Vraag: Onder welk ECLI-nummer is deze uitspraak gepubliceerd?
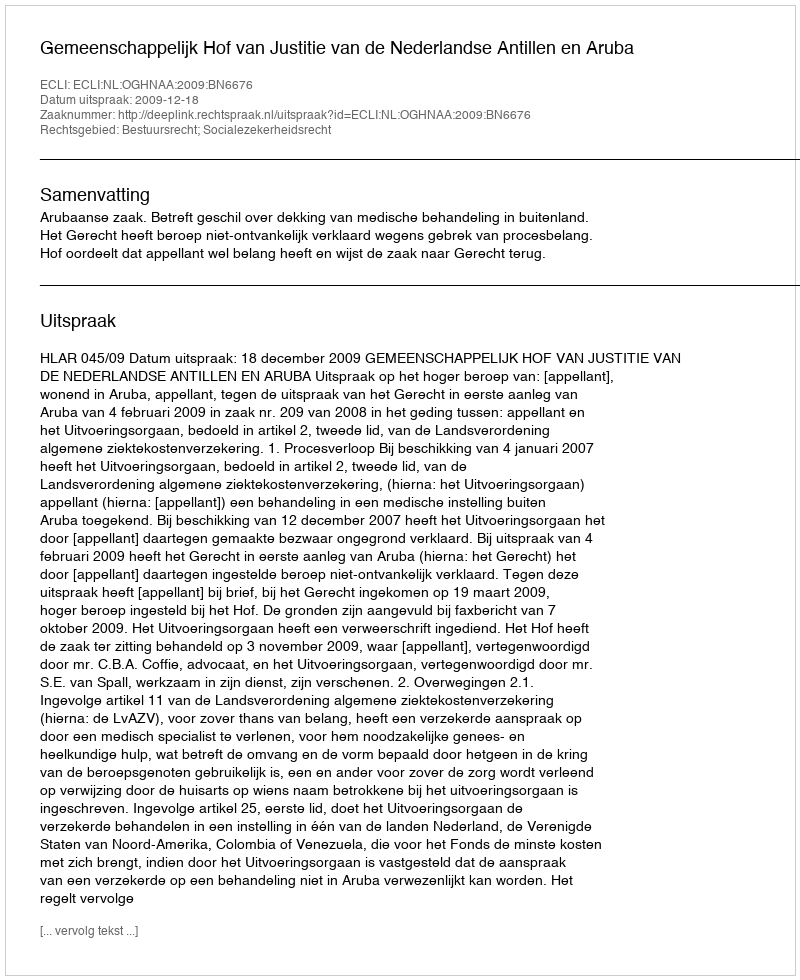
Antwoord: ECLI:NL:OGHNAA:2009:BN6676